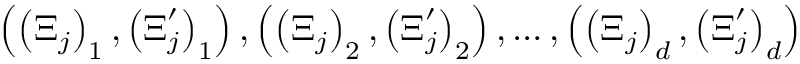
\left( \left( \boldsymbol { \Xi } _ { j } \right) _ { 1 } , \left( \boldsymbol { \Xi } _ { j } ^ { \prime } \right) _ { 1 } \right) , \left( \left( \boldsymbol { \Xi } _ { j } \right) _ { 2 } , \left( \boldsymbol { \Xi } _ { j } ^ { \prime } \right) _ { 2 } \right) , \ldots , \left( \left( \boldsymbol { \Xi } _ { j } \right) _ { d } , \left( \boldsymbol { \Xi } _ { j } ^ { \prime } \right) _ { d } \right)